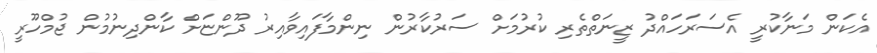
އެކަން މަނާކުރީ އެސަރަހައްދު ޒީނަތްތެރި ކުރުމަށް ސަރުކާރުން ނިންމާފައިވާއިރު ދޫންޏަށް ކާންދިނުމުން ޖުމްހޫރީ